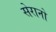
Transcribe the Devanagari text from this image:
सेरानो